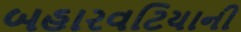
બહારવટિયાની